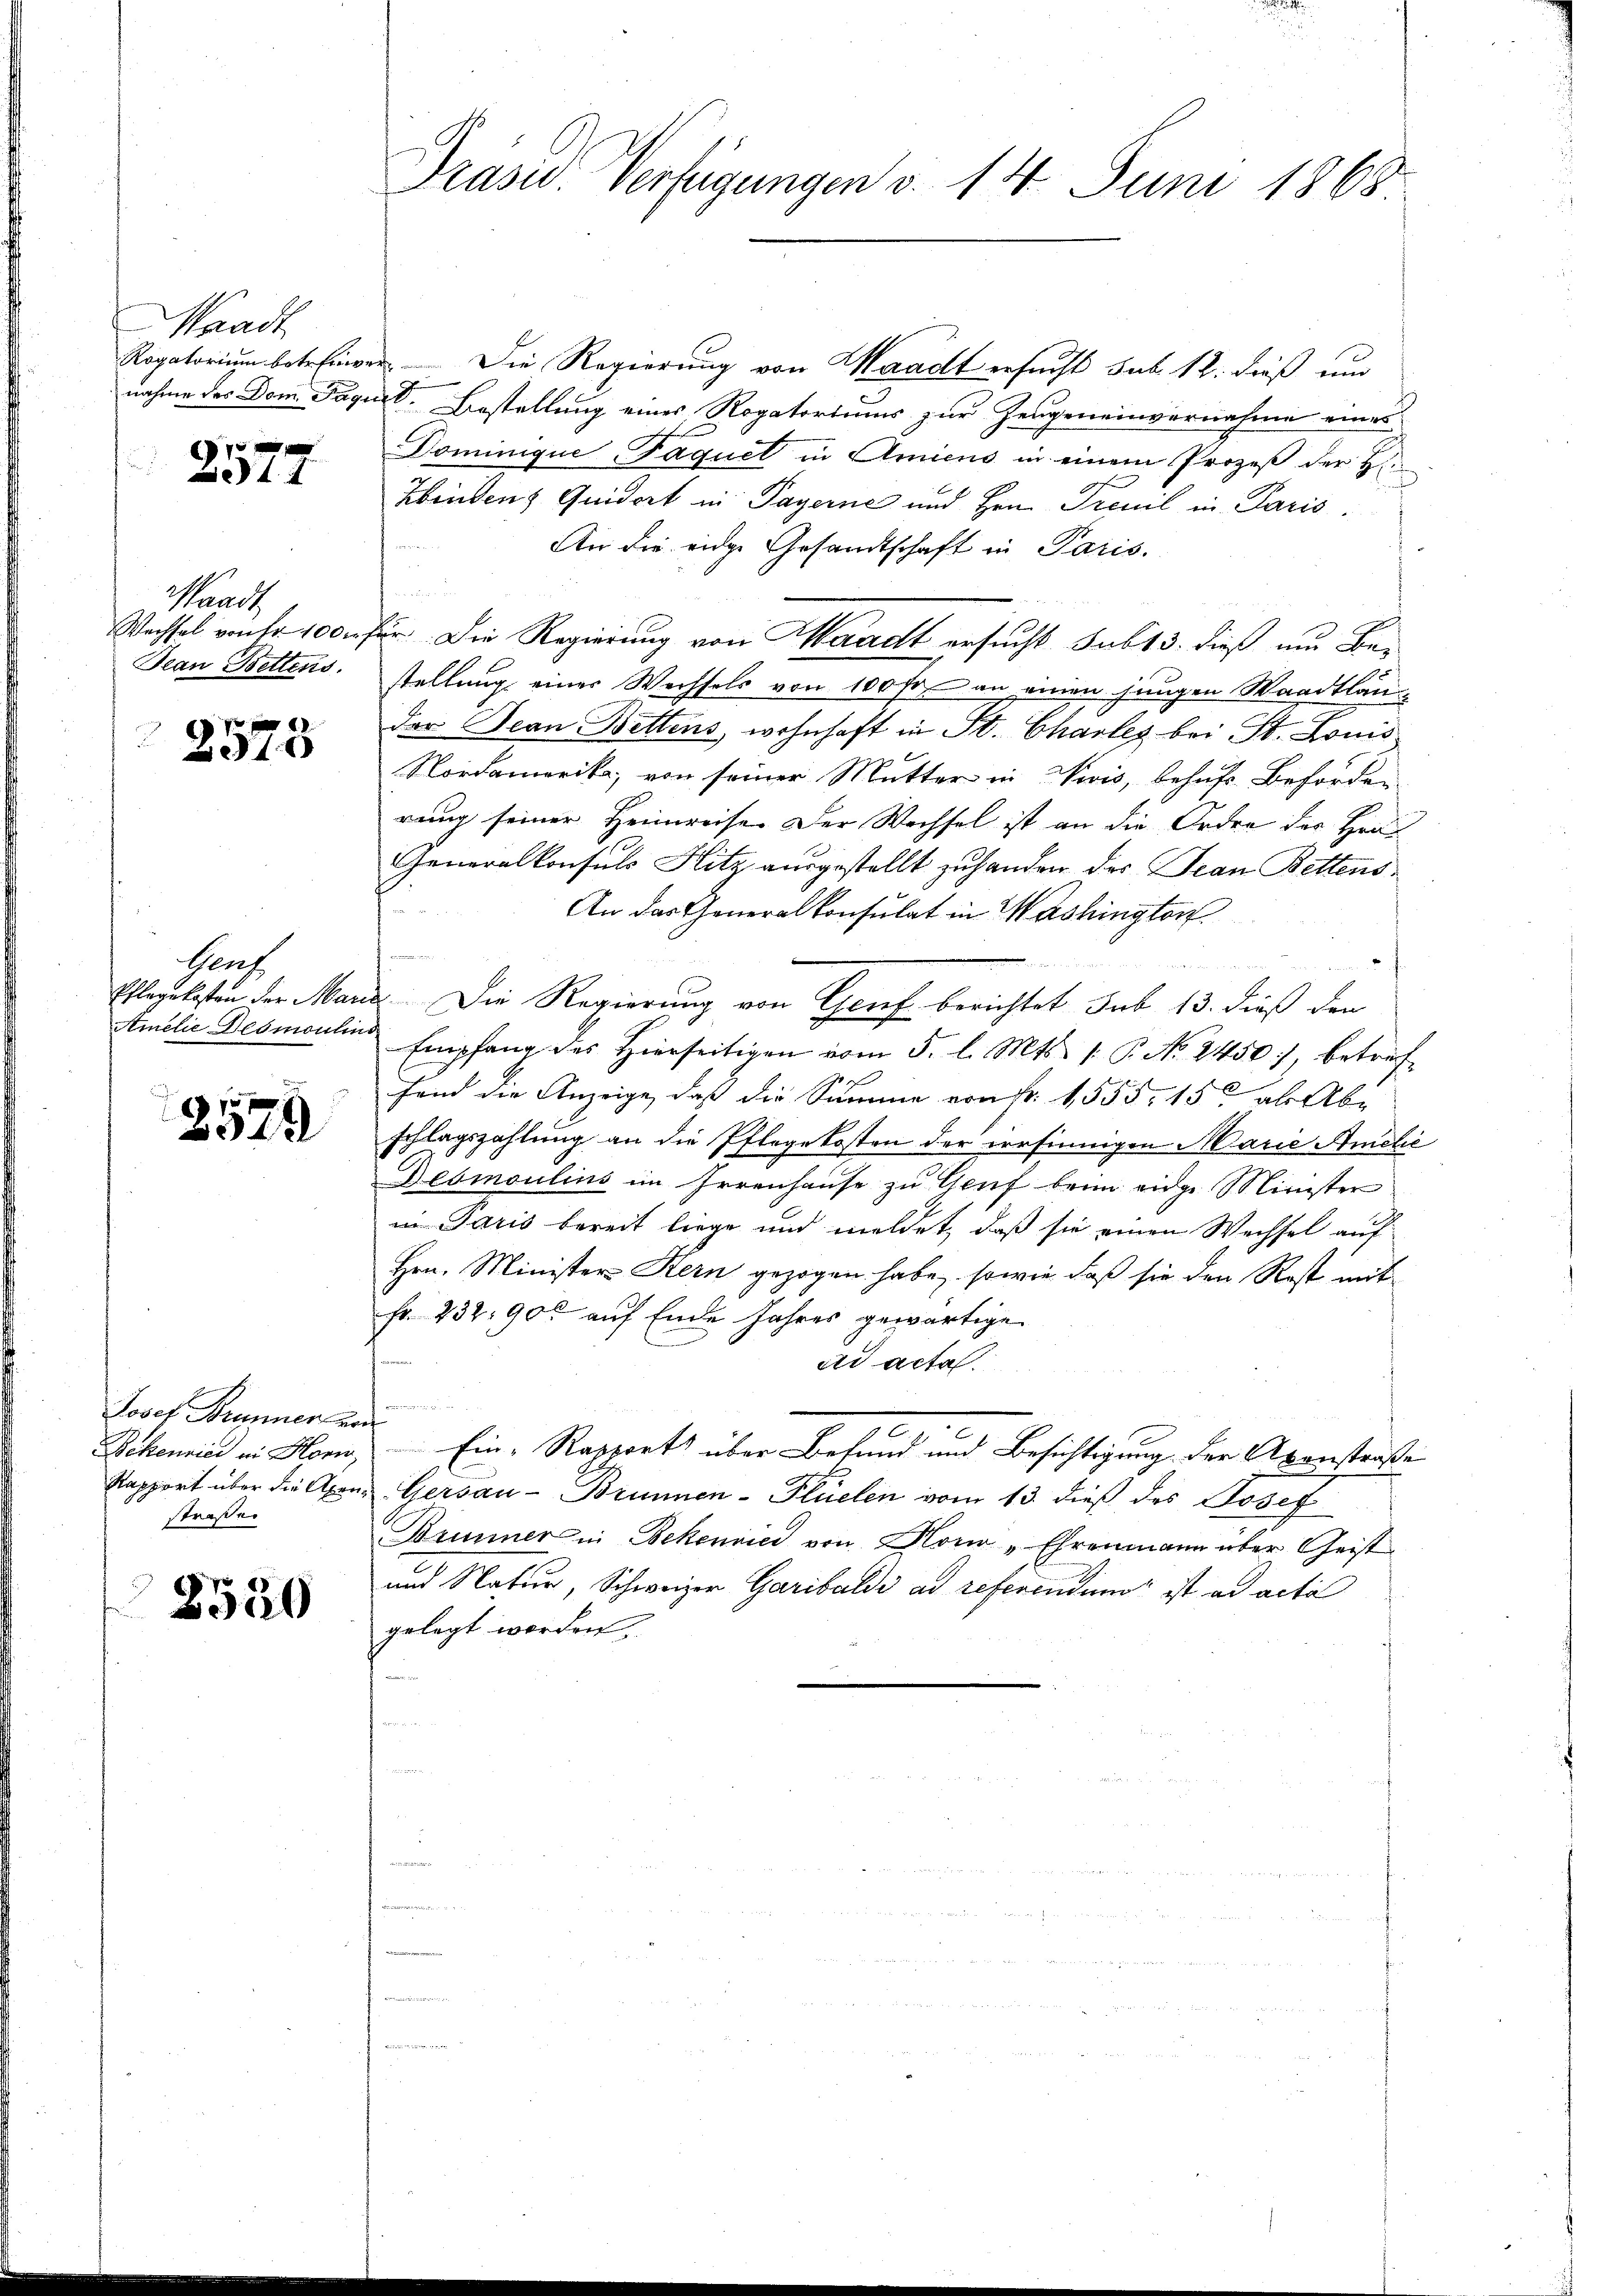
Waadt
Rogatorium betrenne
nahme des Dom. Pagi

f 0 x
4

Pandt
Jean Bettens.

f

Gent
Pflegekosten der Mar
Amelić Desmoulin

e
.
2328

Josef Brunner vor
Bekenrici in Horw,
Rapport über die Axen
straße

2520

Präsid. Verfügungen v. 14. Juni 1868

e. — Die Regierung von Waadt ersucht sub 12. dieß und
ad. Bestellung eines Rogatoriums zur Zeugeneinvernahme eines
fan
Dominique Paquel in Amiens in einem Prozeß der H
Heiden Quidert in Payerne und Hrn. Prenil in Paris.
An die eidge Gesandtschaft in Paris.
u
Wechsel von fr. 100 für Die Regierung von Waadt ersucht sub 13. dieß um Bestellung einer Wechsels von 100 fr. an einen jungen Waadtläuder Jean Bettens, wohnhaft in St. Charleg bei St. Louis
Nordamerika, von seiner Mutter in wis, behufs Beförden
rung seiner Heimreise. Der Wechsel ist an die Ordre der Her
Generalkonsuls Hitz ausgestellt zu handen der Jean Bettens
An das Generalkonsulat in Washington
Die Regierung von Geref berichtet sub 13. dieß den
Empfang des hierseitigen vom 5. l. Mts. 1. P. No. 2450, betref-
fand die Anzeige, daß die Summe von fr. 1555. 15 ab Abe
schlagszahlung an die Pflegekosten der irrsinnigen Marie Amche
Desmoulins im Irrenhause zu Genf beim eidge Minister
in Paris bereit liege und meldet, daß sie einen Wechsel auf
Hrn. Minister Kern gezogen habe, sowie daß sie den Rest mit
fr. 232. 900 auf Ende Jahres gewärtige
dr acta.
i
f
Ein: Rapport über Befund und Besichtigung der Axenstraße
Gersau-Brunnen-Plüelen vom 13. dieß des Josef
Brunner in Bekenried von Nowo "Ehrenmann über Geist
und Natur, Schweizer Garibaldi ad referendung ist ad acta
gelegt worden.